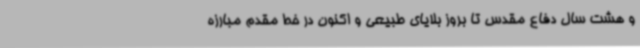
و هشت سال دفاع مقدس تا بروز بلایای طبیعی و اکنون در خط مقدم مبارزه